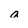
Character: a